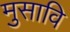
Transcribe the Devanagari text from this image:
मुसावि